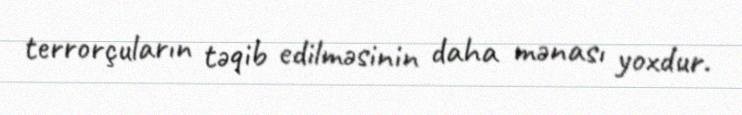
terrorçuların təqib edilməsinin daha mənası yoxdur.